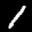
Label: 1